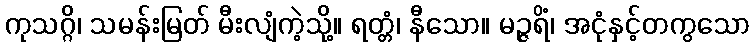
ကုသဂ္ဂိ၊ သမန်းမြတ် မီးလျံကဲ့သို့။ ရတ္တံ၊ နီသော။ မဉ္ဇရိံ၊ အငုံနှင့်တကွသော